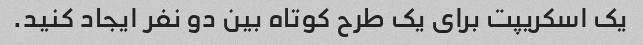
یک اسکریپت برای یک طرح کوتاه بین دو نفر ایجاد کنید.